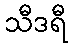
သီဒရီ